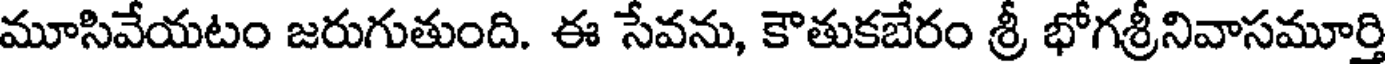
మూసివేయటం జరుగుతుంది. ఈ సేవను, కౌతుకబేరం శ్రీ భోగశ్రీనివాసమూర్తి